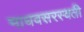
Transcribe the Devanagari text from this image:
माधवसरस्वती